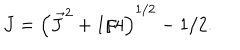
LaTeX: J = \left( \vec { J } ^ { 2 } + 1 / 4 \right) ^ { 1 / 2 } - 1 / 2 .